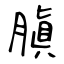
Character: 䐜